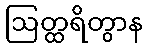
ဩတ္ထရိတွာန